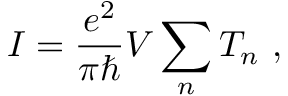
I = { \frac { e ^ { 2 } } { \pi \hbar } } V \sum _ { n } T _ { n } \ ,